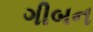
ગીબન